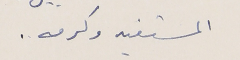
المستفيد وكرمه .